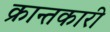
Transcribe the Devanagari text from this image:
क्रान्तकारी